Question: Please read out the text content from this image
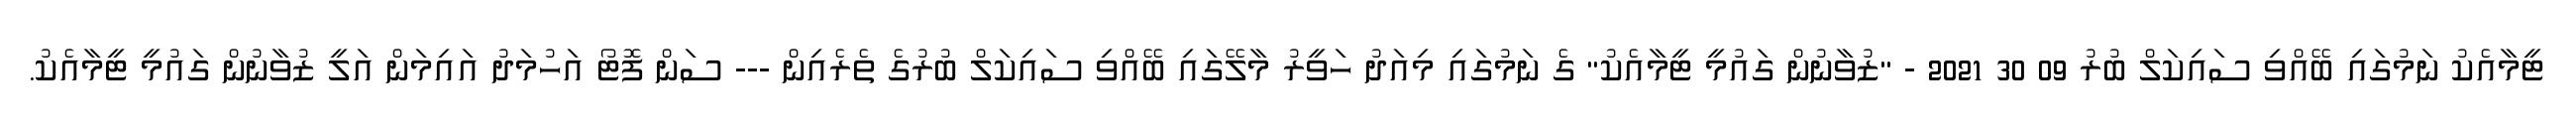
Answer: ޓީމާއެކު ނަމުގައި ބޭއްވި ސައިކަލް ބުރު 09 30 2021 - "ޒުވާނުން ގައުމީ ޓީމާއެކު" ގެ ނަމުގައި މިއަދު ހަވީރު މާލޭގައި ބޭއްވި ސައިކަލް ބުރުގެ ތެރެއިން --- ސަން ފޮޓޯ އަހުމަދު އައިމަން އަލީ ޒުވާނުން ގައުމީ ޓީމާއެކު.